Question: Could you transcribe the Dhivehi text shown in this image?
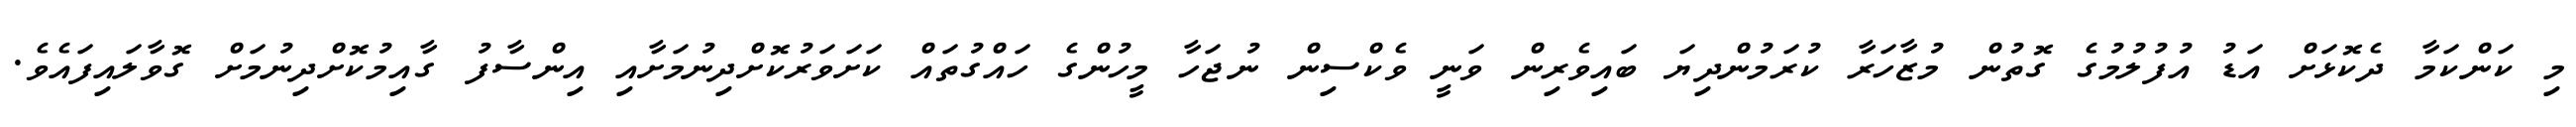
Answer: މި ކަންކަމާ ދެކޮޅަށް އަޑު އުފުލުމުގެ ގޮތުން މުޒާހަރާ ކުރަމުންދިޔަ ބައިވެރިން ވަނީ ވެކްސިން ނުޖަހާ މީހުންގެ ހައްގުތައް ކަށަވަރުކޮށްދިނުމަށާއި އިންސާފު ގާއިމުކޮށްދިނުމަށް ގޮވާލައިފައެވެ.